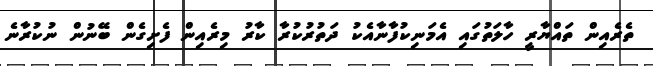
ތެރެއިން ތައްޔާރީ ހާލަތުގައި އެމަނިކުފާނާއެކު ދަތުރުކުރާ ކާރު މިރެއިން ފެށިގެން ބޭނުން ނުކުރާނެ